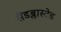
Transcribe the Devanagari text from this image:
सैंडब्लास्टेड